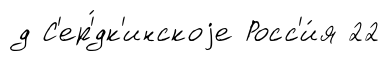
д С'ер'́дк'инскоjе Росс'и́я 22